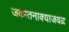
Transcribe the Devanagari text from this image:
जकातनाक्याजवळ